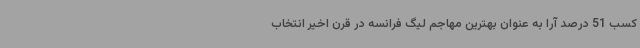
کسب 51 درصد آرا به عنوان بهترین مهاجم لیگ فرانسه در قرن اخیر انتخاب